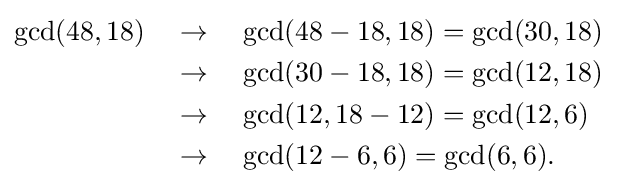
{\begin{aligned}\gcd(48,18)\quad &\to \quad \gcd(48-18,18)=\gcd(30,18)\\&\to \quad \gcd(30-18,18)=\gcd(12,18)\\&\to \quad \gcd(12,18-12)=\gcd(12,6)\\&\to \quad \gcd(12-6,6)=\gcd(6,6).\end{aligned}}